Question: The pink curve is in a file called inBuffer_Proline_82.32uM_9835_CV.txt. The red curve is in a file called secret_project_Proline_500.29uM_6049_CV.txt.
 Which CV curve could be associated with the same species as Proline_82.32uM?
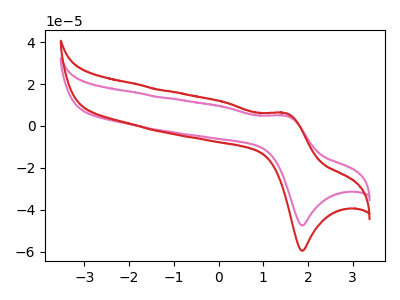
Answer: <think>The pink curve "Proline_82.32uM" has an anodic peak at (1.50V, 4.90uA) and a cathodic peak at (1.90V, -47.45uA). The red curve "Proline_500.29uM" has an anodic peak at (1.50V, 6.20uA) and a cathodic peak at (1.90V, -59.60uA).
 All the peaks in "Proline_82.32uM" have a peak in "Proline_500.29uM" at the same potential. Every peak in "Proline_82.32uM" is lower than every peak in "Proline_500.29uM".</think>
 <answer>The CV with the most similar shape to "Proline_500.29uM" is "Proline_82.32uM".</answer>
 <eval>"Proline_82.32uM"</eval>